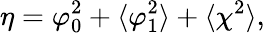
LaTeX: \eta=\varphi_{0}^{2}+\langle\varphi_{1}^{2}\rangle+\langle\chi^{2}\rangle,